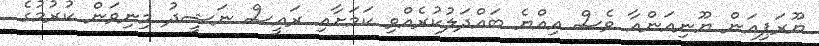
ޔޫރަޕިއަން ޔޫނިއަންއާ ވެސް އިއްޔެ ބައްދަލުކުރެއްވި ކަމަށާއި ރައީސް ނަޝީދު މިނިވަން ކުރުމުގެ